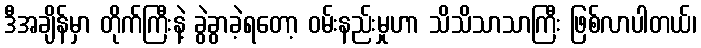
ဒီအချိန်မှာ တိုက်ကြီးနဲ့ ခွဲခွာခဲ့ရတော့ ဝမ်းနည်းမှုဟာ သိသိသာသာကြီး ဖြစ်လာပါတယ်၊